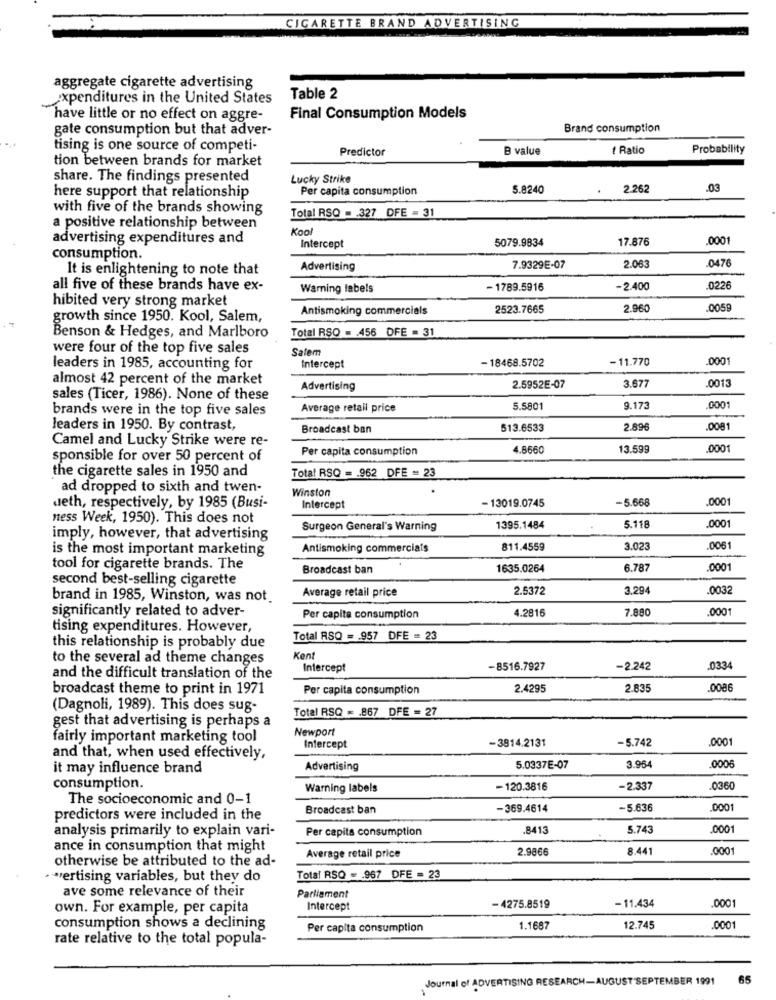
CIGARETTE BRAND ADVERTISING
aggregate cigarette advertising
expenditures in the United States
Table 2
have little or no effect on aggre-
Final Consumption Models
gate consumption but that adver-
Brand consumption
tising is one source of competi-
Predictor
B value
1 Ratio
Probability
tion between brands for market
share. The findings presented
Lucky Strike
Per capita consumption
5.8240
2.262
.03
here support that relationship
with five of the brands showing
Total RSQ = 327 DFE = 31
a positive relationship between
Kool
advertising expenditures and
5079.9834
17.876
.0001
Intercept
consumption.
047
It is enlightening to note that
Advertising
7.9329E-07
2.063
all five of these brands have ex-
Warning labels
- 1789.5916
-2.400
0226
hibited very strong market
Antismoking commercials
2523.7665
2.960
.0059
growth since 1950. Kool, Salem,
Total RSQ = . 456 DFE = 31
Benson & Hedges, and Marlboro
were four of the top five sales
Salem
-11.770
.000
leaders in 1985, accounting for
Intercept
-18468.5702
almost 42 percent of the market
3.677
.0013
Advertising
2.5952E-07
sales (Ticer, 1986). None of these
brands were in the top five sales
Average retail price
5.5801
9.173
.0001
leaders in 1950. By contrast,
Broadcast ban
513.6533
2.896
.008
Camel and Lucky Strike were re-
Per capita consumption
4.8660
13.599
000
sponsible for over 50 percent of
the cigarette sales in 1950 and
Total RSQ = . 962 DFE = 23
ad dropped to sixth and twen-
Winston
- 13019.0745
-5.668
.0001
deth, respectively, by 1985 (Busi-
Intercept
ness Week, 1950). This does not
0001
Surgeon General's Warning
1395.1484
5.118
imply, however, that advertising
is the most important marketing
Antismoking commercials
811.4559
3.02
.0061
tool for cigarette brands. The
Broadcast ban
1635.0264
6.787
0001
second best-selling cigarette
Average retail price
2.5372
3.294
.0032
brand in 1985, Winston, was not
significantly related to adver-
4.2816
7.880
.0001
Per capita consumption
tising expenditures. However,
Total ASQ = 957 DFE = 23
this relationship is probably due
to the several ad theme changes
Kent
Intercept
-8516.7927
-2.242
.0334
and the difficult translation of the
broadcast theme to print in 1971
Per capita consumption
2.4295
2.83
.0086
(Dagnoli, 1989). This does sug-
Total RSQ = . 867 DFE = 27
gest that advertising is perhaps a
Newport
fairly important marketing tool
-3814.2131
-5.742
.0001
Intercept
and that, when used effectively,
.000
it may influence brand
Advertising
5.0337E-07
3.964
consumption.
Warning labels
- 120.3816
-2.337
.036
The socioeconomic and 0-1
Broadcast ban
-369.4614
-5.636
.000
predictors were included in the
analysis primarily to explain vari-
Per capita consumption
.8413
5.743
.000
ance in consumption that might
2.9866
8.441
otherwise be attributed to the ad-
Average retail price
. wertising variables, but they do
Total RSQ = 967 DFE = 23
ave some relevance of their
Parliament
.0001
own. For example, per capita
Intercept
- 4275.8519
- 11.434
consumption shows a declining
Per capita consumption
1.1687
12.745
000
rate relative to the total popula-
Journal of ADVERTISING RESEARCH-AUGUST SEPTEMBER 1991
65